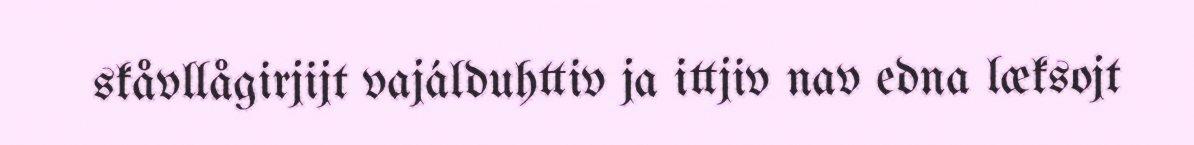
skåvllågirjijt vajálduhttiv ja ittjiv nav edna læksojt